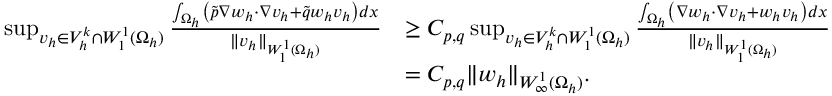
\begin{array} { r l } { \operatorname* { s u p } _ { v _ { h } \in V _ { h } ^ { k } \cap W _ { 1 } ^ { 1 } ( \Omega _ { h } ) } \frac { \int _ { \Omega _ { h } } \left( \widetilde p \nabla w _ { h } \cdot \nabla v _ { h } + \widetilde q w _ { h } v _ { h } \right) d x } { \| v _ { h } \| _ { W _ { 1 } ^ { 1 } ( \Omega _ { h } ) } } } & { \geq C _ { p , q } \operatorname* { s u p } _ { v _ { h } \in V _ { h } ^ { k } \cap W _ { 1 } ^ { 1 } ( \Omega _ { h } ) } \frac { \int _ { \Omega _ { h } } \left( \nabla w _ { h } \cdot \nabla v _ { h } + w _ { h } v _ { h } \right) d x } { \| v _ { h } \| _ { W _ { 1 } ^ { 1 } ( \Omega _ { h } ) } } } \\ & { = C _ { p , q } \| w _ { h } \| _ { W _ { \infty } ^ { 1 } ( \Omega _ { h } ) } . } \end{array}